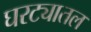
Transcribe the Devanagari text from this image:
घरट्यातल